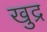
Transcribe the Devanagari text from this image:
खुद्र